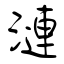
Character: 漣